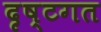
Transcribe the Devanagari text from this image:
दृष्टगत